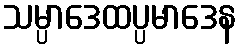
သမ္ပာဒေထပ္ပမာဒေန